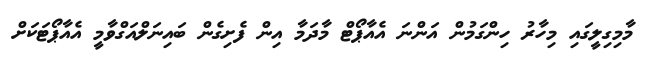
މާމިގިލީގައި މިހާރު ހިންގަމުން އަންނަ އެއާޕޯޓް މާދަމާ އިން ފެށިގެން ބައިނަލްއަގްވާމީ އެއާޕޯޓަކަށް